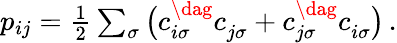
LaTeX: \begin{array}{r}{p_{ij}=\frac{1}{2}\sum_{\sigma}\big(c_{i\sigma}^{\dag}c_{j\sigma}^{\phantom{}}+c_{j\sigma}^{\dag}c_{i\sigma}^{\phantom{}}\big)\, .}\end{array}